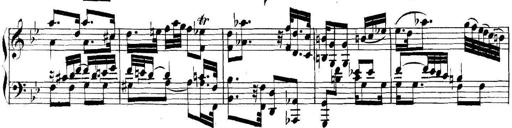
Title: Collected Piano Sonatas
Composer: Muzio Clementi